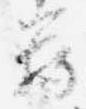
臈